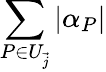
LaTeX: \sum_{P\in U_{\vec{j}}}|\alpha_{P}|